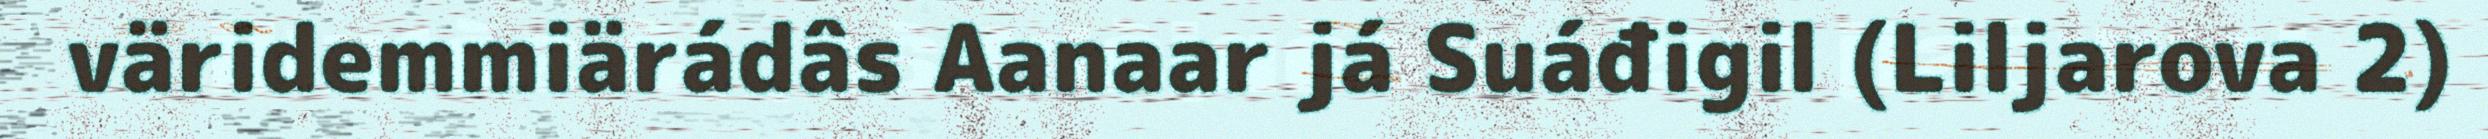
väridemmiärádâs Aanaar já Suáđigil (Liljarova 2)